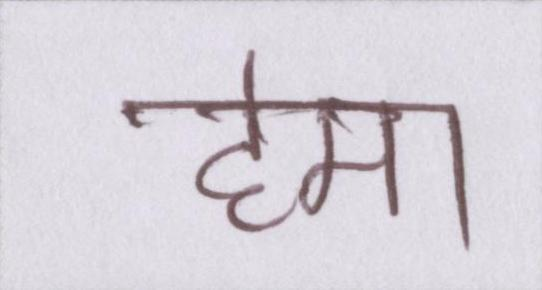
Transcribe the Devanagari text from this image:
हेमा